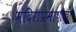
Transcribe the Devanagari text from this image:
मंदिराप्रमाणेच